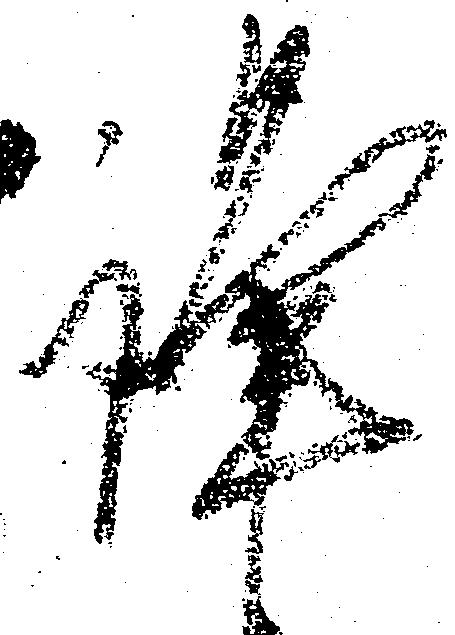
謹